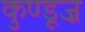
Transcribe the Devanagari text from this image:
कुण्डूज़